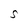
Character: S